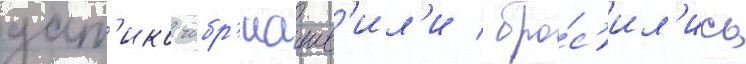
дат'ико чибр'иашв'ил'и / бро́с'ил'ись